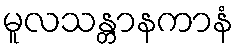
မူလသန္တာနကာနံ